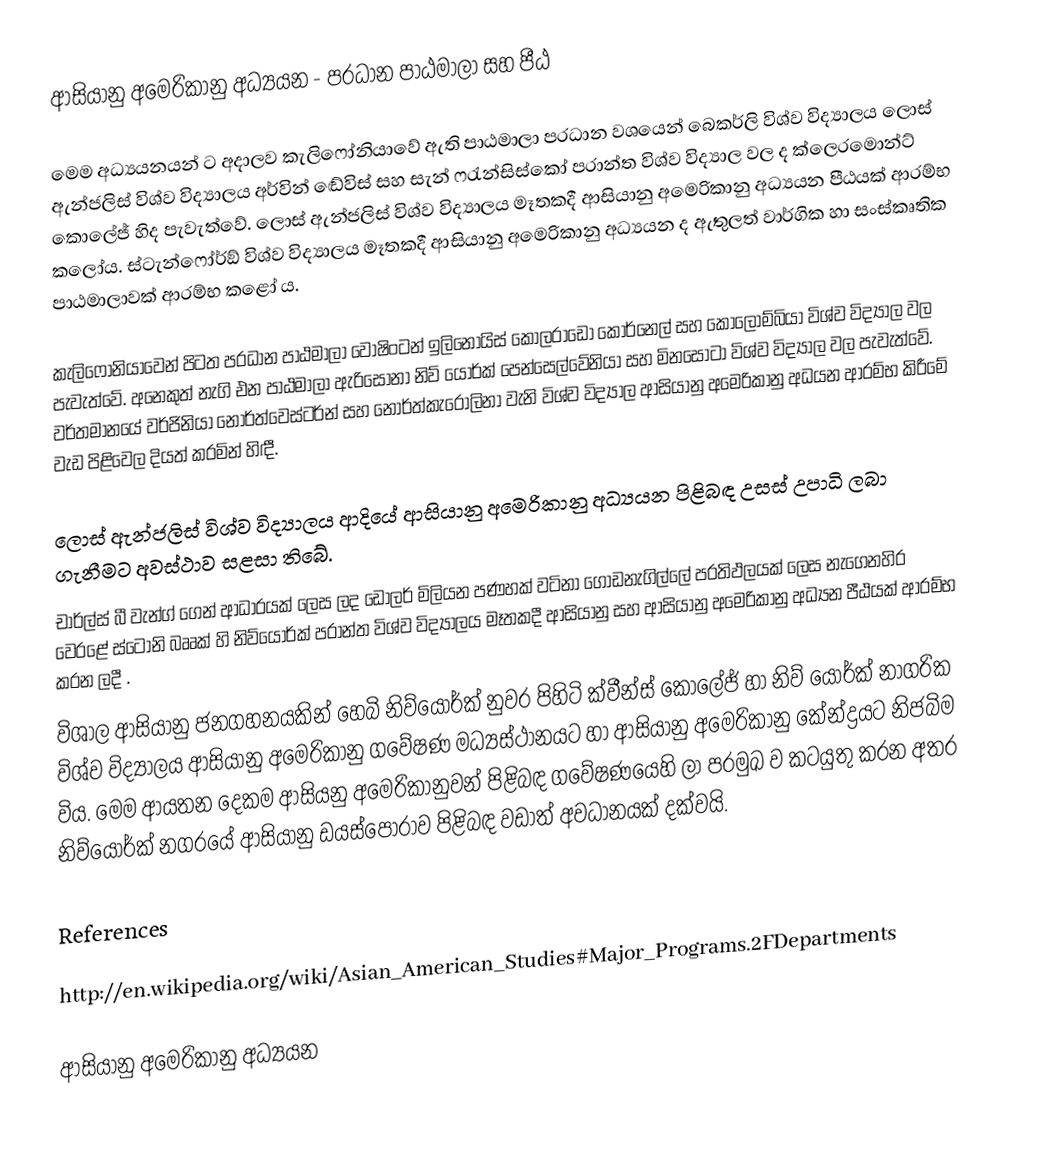
ආසියානු අමෙරිකානු අධ්‍යයන - ප‍්‍රධාන පාඨමාලා සහ පීඨ

මෙම අධ්‍යයනයන් ට අදාලව කැලිෆෝනියාවේ ඇති පාඨමාලා ප‍්‍රධාන වශයෙන් බෙකර්ලි විශ්ව විද්‍යාලය ලොස් ඇන්ජලිස් විශ්ව විද්‍යාලය අර්වින් ඬේවිස් සහ සැන් ෆ‍්‍රැන්සිස්කෝ ප‍්‍රාන්ත විශ්ව විද්‍යාල වල ද ක්ලෙරමොන්ට් කොලේජ් හිද පැවැත්වේ. ලොස් ඇන්ජලිස් විශ්ව විද්‍යාලය මෑතකදී ආසියානු අමෙරිකානු අධ්‍යයන පීඨයක් ආරම්භ කලෝය. ස්ටැන්ෆෝර්ඞ් විශ්ව විද්‍යාලය මෑතකදී ආසියානු අමෙරිකානු අධ්‍යයන ද ඇතුලත් වාර්ගික හා සංස්කෘතික පාඨමාලාවක් ආරම්භ කළෝ ය.

කැලිෆෝනියාවෙන් පිටත ප‍්‍රධාන පාඨමාලා වොෂිංටන් ඉලිනොයිස් කොලරාඩෝ කොර්නෙල් සහ කොලොම්බියා විශ්ව විද්‍යාල වල පැවැත්වේ. අනෙකුත් නැගි එන පාඨමාලා ඇරිසෝනා නිව් යෝර්ක් පෙන්සෙල්වේනියා සහ මිනසෝටා විශ්ව විද්‍යාල වල පැවැත්වේ. වර්තමානයේ වර්ජිනියා නෝර්ත්වෙස්ටර්න් සහ නෝර්ත්කැරොලිනා වැනි විශ්ව විද්‍යාල ආසියානු අමෙරිකානු අධයන ආරම්භ කිරීමේ වැඩ පිළිවෙල දියත් කරමින් හිඳී.

ලොස් ඇන්ජලිස් විශ්ව විද්‍යාලය ආදියේ ආසියානු අමෙරිකානු අධ්‍යයන පිළිබඳ උසස් උපාධි ලබා ගැනීමට අවස්ථාව සළසා තිබේ.
චාර්ල්ස් බී වැන්ග් ගෙන් ආධාරයක් ලෙස ලද ඩොලර් මිලියන පණහක් වටිනා ගොඩනැගිල්ලේ ප‍්‍රතිඵලයක් ලෙස නැගෙනහිර වෙරළේ ස්ටෝනි බෲක් හි නිව්යෝර්ක් ප‍්‍රාන්ත විශ්ව විද්‍යාලය මෑතකදී ආසියානු සහ ආසියානු අමෙරිකානු අධ්‍යන පීඨයක් ආරම්භ කරන ලදී .
විශාල ආසියානු ජනගහනයකින් හෙබි නිව්යෝර්ක් නුවර පිහිටි ක්වීන්ස් කොලේජ් හා නිව් යෝර්ක් නාගරික විශ්ව විද්‍යාලය ආසියානු අමෙරිකානු ගවේෂණ මධ්‍යස්ථානයට හා ආසියානු අමෙරිකානු කේන්ද්‍රයට නිජබිම විය. මෙම ආයතන දෙකම ආසියනු අමෙරිකානුවන් පිළිබඳ ගවේෂණයෙහි ලා ප‍්‍රමුඛ ව කටයුතු කරන අතර නිව්යෝර්ක් නගරයේ ආසියානු ඩයස්පෝරාව පිළිබඳ වඩාත් අවධානයක් දක්වයි.

References

http://en.wikipedia.org/wiki/Asian_American_Studies#Major_Programs.2FDepartments

ආසියානු අමෙරිකානු අධ්‍යයන